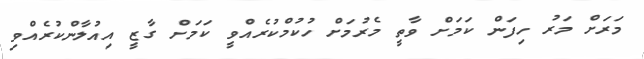
މަރަށް މަރު ހިފަން ކަމަށް ވާތީ މެރުމަށް ހުކުމްކުރެއްވީ ކަމަށް ގާޒީ އިއުލާންކުރެއްވި